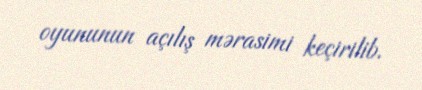
oyununun açılış mərasimi keçirilib.